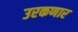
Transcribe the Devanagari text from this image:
उरकणार